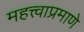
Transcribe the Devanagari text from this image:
महत्त्वाप्रमाणे